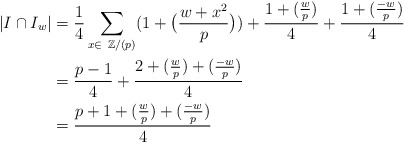
\begin{align*}|I\cap I_w| &= \frac{1}{4}\sum_{x\in\ \mathbb{Z}/(p)}(1+\big(\frac{w+x^2}{p}\big))+\frac{1+(\frac{w}{p})}{4}+\frac{1+(\frac{-w}{p})}{4}\\&=\frac{p-1}{4}+\frac{2+(\frac{w}{p})+(\frac{-w}{p})}{4}\\&=\frac{p+1+(\frac{w}{p})+(\frac{-w}{p})}{4}\end{align*}